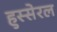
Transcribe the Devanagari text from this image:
हुस्सेरल